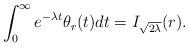
LaTeX: \begin{align*}\int_0^\infty e^{-\lambda t}\theta_r(t)dt=I_{\sqrt{2\lambda}}(r).\end{align*}